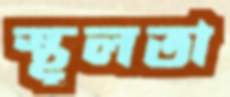
স্থূলতা